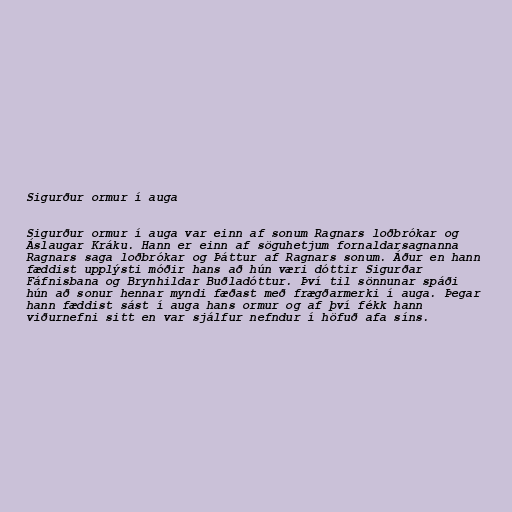
Sigurður ormur í auga

Sigurður ormur í auga var einn af sonum Ragnars loðbrókar og
Áslaugar Kráku. Hann er einn af söguhetjum fornaldarsagnanna
Ragnars saga loðbrókar og Þáttur af Ragnars sonum. Áður en hann
fæddist upplýsti móðir hans að hún væri dóttir Sigurðar
Fáfnisbana og Brynhildar Buðladóttur. Því til sönnunar spáði
hún að sonur hennar myndi fæðast með frægðarmerki í auga. Þegar
hann fæddist sást í auga hans ormur og af því fékk hann
viðurnefni sitt en var sjálfur nefndur í höfuð afa síns.